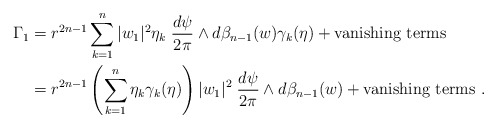
\begin{align*} \Gamma_1&=r^{2n-1}\sum_{k=1}^n |w_1|^2 \eta_k\; \frac{d\psi}{2\pi}\wedge d\beta_{n-1}(w)\gamma_k(\eta)+ \textrm{vanishing terms} \\ &=r^{2n-1}\left(\sum_{k=1}^n\eta_k \gamma_k(\eta)\right) |w_1|^2\; \frac{d\psi}{2\pi}\wedge d\beta_{n-1}(w)+ \textrm{vanishing terms}\ .\end{align*}